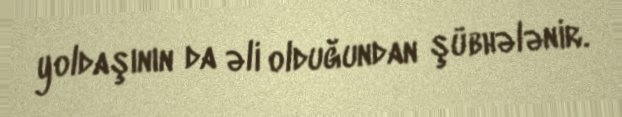
yoldaşının da əli olduğundan şübhələnir.